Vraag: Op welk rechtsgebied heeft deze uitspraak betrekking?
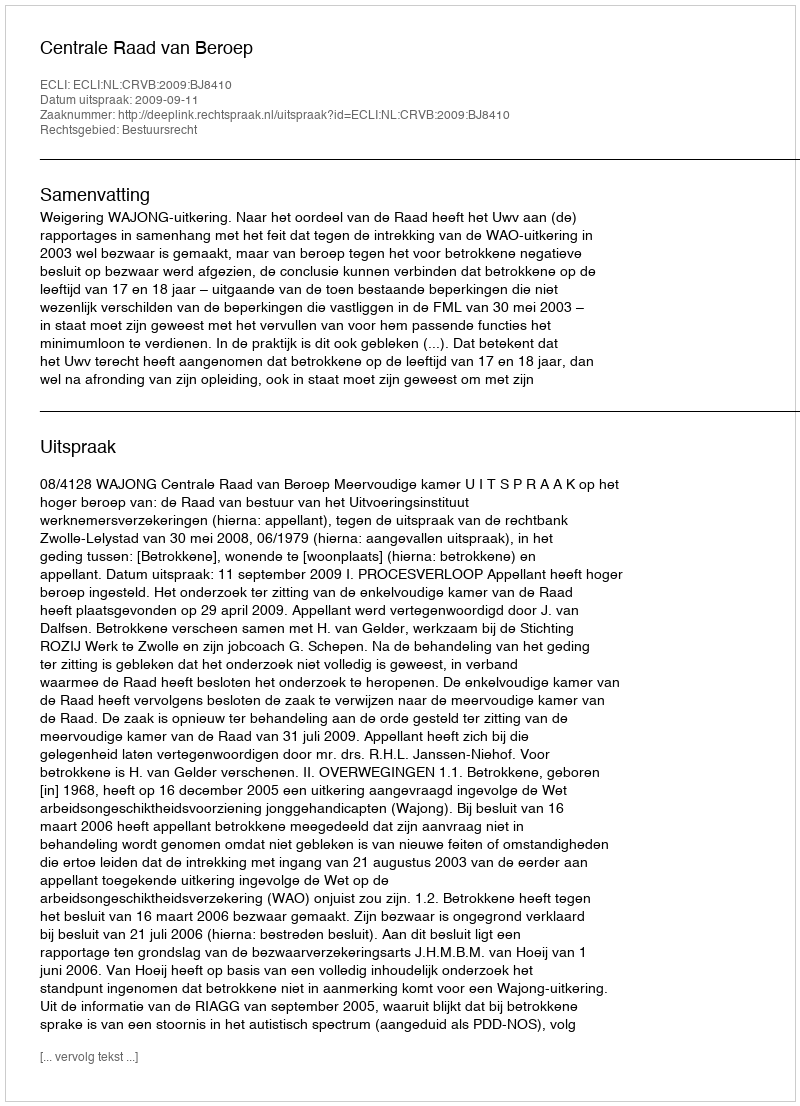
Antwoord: Bestuursrecht